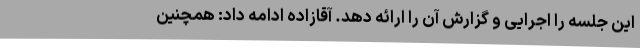
این جلسه را اجرایی و گزارش آن را ارائه دهد. آقازاده ادامه داد: همچنین